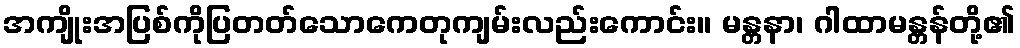
အကျိုးအပြစ်ကိုပြတတ်သောကေတုကျမ်းလည်းကောင်း။ မန္တနာ၊ ဂါထာမန္တန်တို့၏